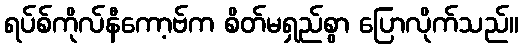
ရပ်စ်ကိုလ်နီကော့ဗ်က စိတ်မရှည်စွာ ပြောလိုက်သည်။